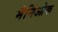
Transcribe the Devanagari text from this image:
मैनिओक